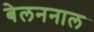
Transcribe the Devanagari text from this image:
बेलननाल